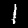
Digit: 1